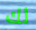
لك